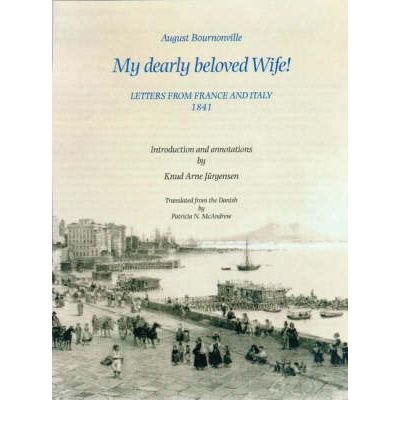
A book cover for My Dearly Beloved Wife!: Letters From France And Italy 1841; August Bournonville; Biographies & Memoirs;